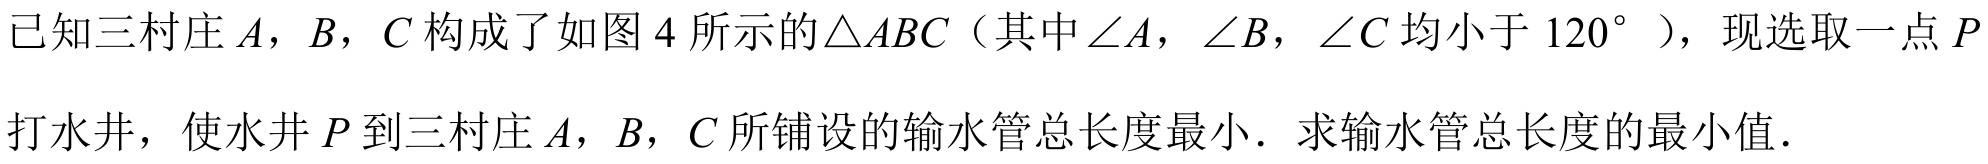
已知三村庄\(A\)，\(B\)，\(C\)构成了如图\(4\)所示的\(\triangle ABC\)（其中\(\angle A\)，\(\angle B\)，\(\angle C\)均小于\(120^{\circ}\)），现选取一点\(P\)
打水井，使水井\(P\)到三村庄\(A\)，\(B\)，\(C\)所铺设的输水管总长度最小．求输水管总长度的最小值．